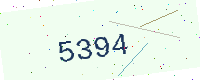
Text: 5394